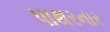
પાથરનાર